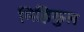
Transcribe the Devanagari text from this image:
मिहिकुल